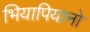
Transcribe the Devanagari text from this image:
भियापियानो